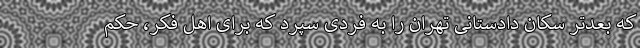
که بعدتر سکان دادستانی تهران را به فردی سپرد که برای اهل فکر، حکم